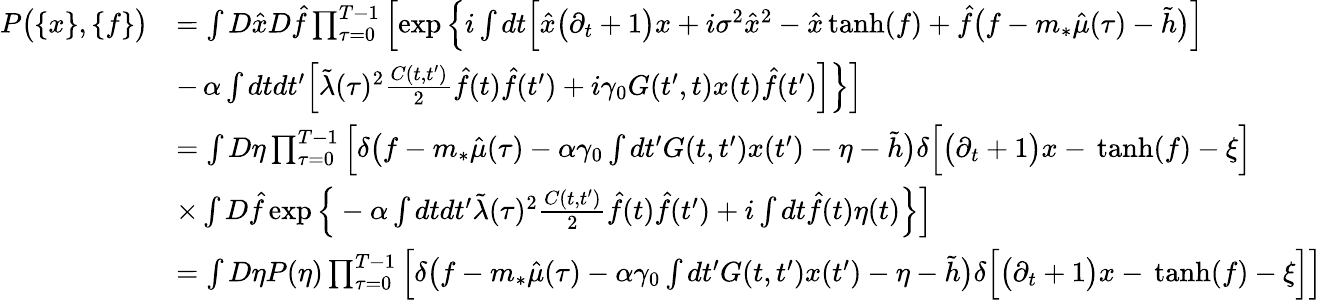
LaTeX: \begin{array}{rl}{P\big(\{ x\} ,\{ f\} \big)}&{=\int D\hat{x}D\hat{f}\prod_{\tau=0}^{T-1}\left[\exp\Big\{ i\int dt\Big[\hat{x}\big(\partial_{t}+1\big)x+i\sigma^{2}\hat{x}^{2}-\hat{x}\, \mathrm{tanh}(f)+\hat{f}\big(f-m_{*}\hat{\mu}(\tau)-\tilde{h}\big)\Big]\right.}\\ &{-\left.\alpha\int dtdt^{\prime}\Big[\tilde{\lambda}(\tau)^{2}\frac{C(t,t^{\prime})}{2}\hat{f}(t)\hat{f}(t^{\prime})+i\gamma_{0}G(t^{\prime},t)x(t)\hat{f}(t^{\prime})\Big]\Big\} \right]}\\ &{=\int D\eta\prod_{\tau=0}^{T-1}\left[\delta\big(f-m_{*}\hat{\mu}(\tau)-\alpha\gamma_{0}\int dt^{\prime}G(t,t^{\prime})x(t^{\prime})-\eta-\tilde{h}\big)\delta\Big[\big(\partial_{t}+1\big)x-\, \mathrm{tanh}(f)-\xi\Big]\right.}\\ &{\times\int D\hat{f}\left.\exp\Big\{ -\alpha\int dtdt^{\prime}\tilde{\lambda}(\tau)^{2}\frac{C(t,t^{\prime})}{2}\hat{f}(t)\hat{f}(t^{\prime})+i\int dt\hat{f}(t)\eta(t)\Big\} \right]}\\ &{=\int D\eta P(\eta)\prod_{\tau=0}^{T-1}\left[\delta\big(f-m_{*}\hat{\mu}(\tau)-\alpha\gamma_{0}\int dt^{\prime}G(t,t^{\prime})x(t^{\prime})-\eta-\tilde{h}\big)\delta\Big[\big(\partial_{t}+1\big)x-\, \mathrm{tanh}(f)-\xi\Big]\right]}\end{array}